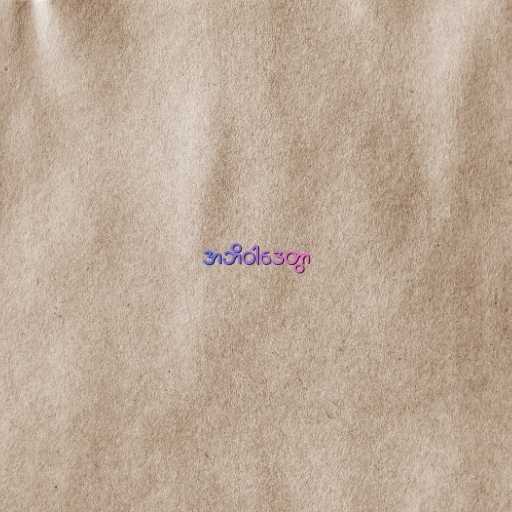
အဘိဝါဒေတွာ